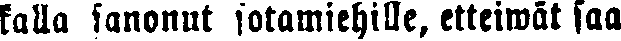
kalla sanonut sotamiehille, etteiwät saa